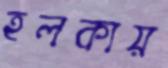
হলকায়